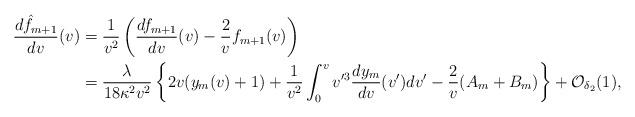
LaTeX: \begin{align*} \frac{d\hat{f}_{m+1}}{dv}(v)&=\frac{1}{v^2}\left(\frac{df_{m+1}}{dv}(v)-\frac{2}{v}f_{m+1}(v)\right)\\&=\frac{\lambda}{18\kappa^2v^2}\left\{2v(y_m(v)+1)+\frac{1}{v^2}\int_0^vv'^3\frac{dy_m}{dv}(v')dv'-\frac{2}{v}(A_m+B_m)\right\}+\mathcal{O}_{\delta_2}(1),\end{align*}